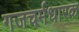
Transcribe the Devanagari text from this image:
गजचर्मधारक